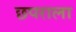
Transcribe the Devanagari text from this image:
छपराला